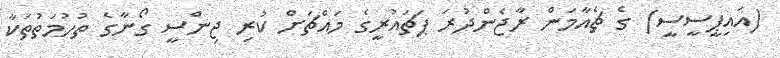
(އައިޕީސީސީ) ގެ ޗެއާމަން ރާޖެންދުރަ ޕަޗައުރީގެ މައްޗަށް ކުރި ޖިންސީ ގޯނާގެ ތުހުމަތުތަކާ